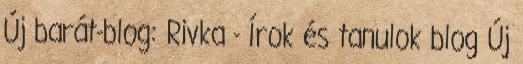
Új barát-blog: Rivka - Írok és tanulok blog Új